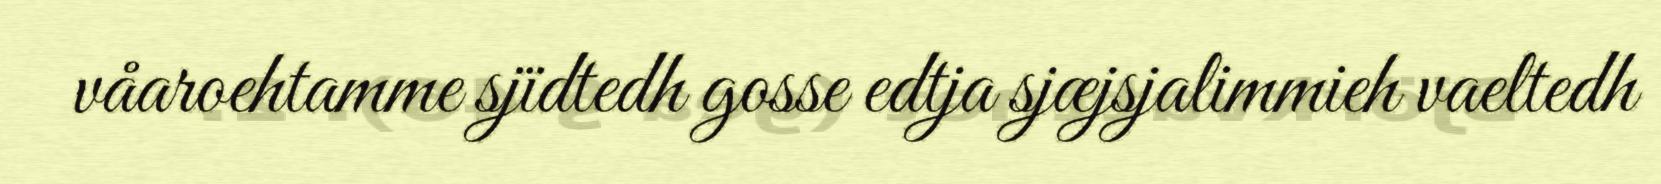
våaroehtamme sjïdtedh gosse edtja sjæjsjalimmieh vaeltedh